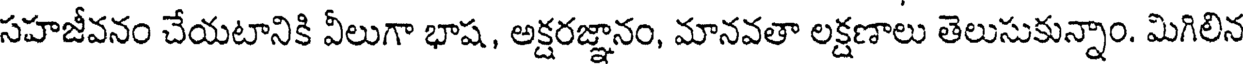
సహజీవనం చేయటానికి వీలుగా భాష, అక్షరజ్ఞానం, మానవతా లక్షణాలు తెలుసుకున్నాం. మిగిలిన